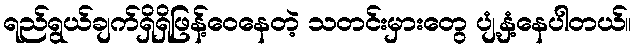
ရည်ရွယ်ချက်ရှိရှိဖြန့်ဝေနေတဲ့ သတင်းမှားတွေ ပျံ့နှံ့နေပါတယ်။